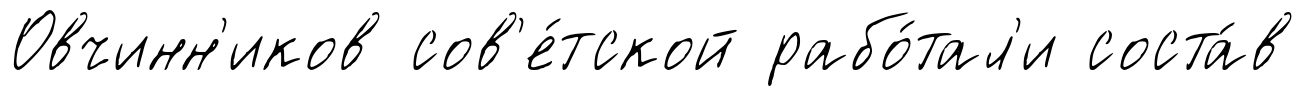
Овчинн'иков сов'е́тской рабо́тал'и соста́в